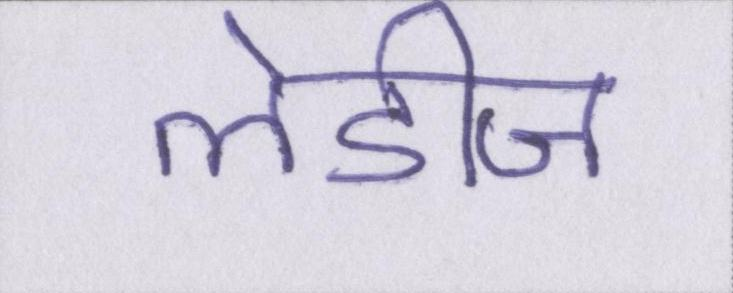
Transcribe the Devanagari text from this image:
लेडीज